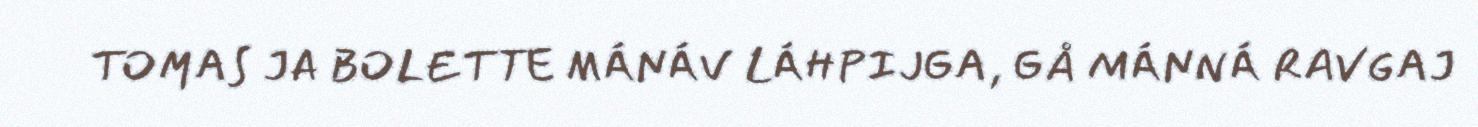
TOMAS JA BOLETTE MÁNÁV LÁHPIJGA, GÅ MÁNNÁ RAVGAJ